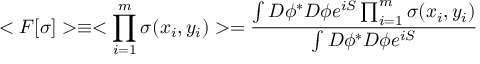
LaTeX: < F [ \sigma ] > \equiv < \prod _ { i = 1 } ^ { m } \sigma ( x _ { i } , y _ { i } ) > = { \frac { \int D \phi ^ { * } D \phi e ^ { i S } \prod _ { i = 1 } ^ { m } \sigma ( x _ { i } , y _ { i } ) } { \int D \phi ^ { * } D \phi e ^ { i S } } }